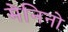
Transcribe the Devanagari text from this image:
मेनिनो